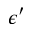
\epsilon ^ { \prime }